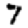
Digit: 7